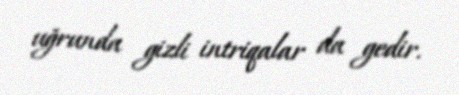
uğrunda gizli intriqalar da gedir.